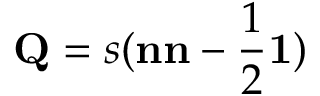
\mathbf { Q } = s ( \mathbf { n } \mathbf { n } - \frac { 1 } { 2 } \mathbf { 1 } )